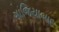
ગાજિયાબાદ